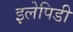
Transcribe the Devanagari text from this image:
इलेपिडी